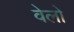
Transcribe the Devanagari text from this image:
वेलो